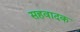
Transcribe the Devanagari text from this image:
सहवादक